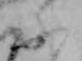
ふ